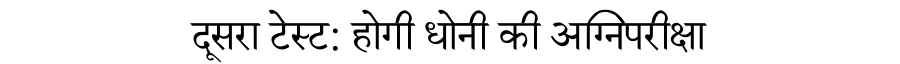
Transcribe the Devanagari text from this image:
दूसरा टेस्ट: होगी धोनी की अग्निपरीक्षा